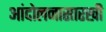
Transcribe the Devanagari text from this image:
आंदोलनासारखी